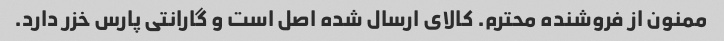
ممنون از فروشنده محترم. کالای ارسال شده اصل است و گارانتی پارس خزر دارد.